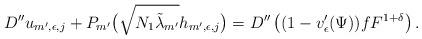
LaTeX: \begin{align*}D''u_{m',\epsilon,j}+P_{m'}\big(\sqrt{N_1 \tilde{\lambda}_{m'}}h_{m',\epsilon,j}\big)=D''\left((1-v'_{\epsilon}(\Psi))fF^{1+\delta}\right).\end{align*}